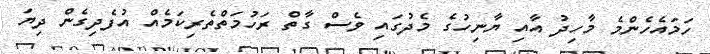
ހަމައެހެންމެ މާހިދު އާއި ޔާނިހުގެ މެދުގައި ވެސް ގާތް ރަހުމަތްތެރިކަމެއް އުފެދިގެން ދިޔަ